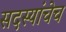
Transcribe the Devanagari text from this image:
सदस्यांचेच